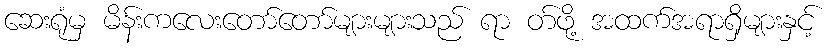
ဆေးရုံမှ မိန်းကလေးတော်တော်များများသည် ရာ တ်ဖို့ အထက်အရာရှိများနှင့်